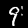
Digit: 9